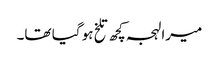
میرا لہجہ کچھ تلخ ہو گیا تھا۔